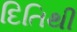
દિતિથી